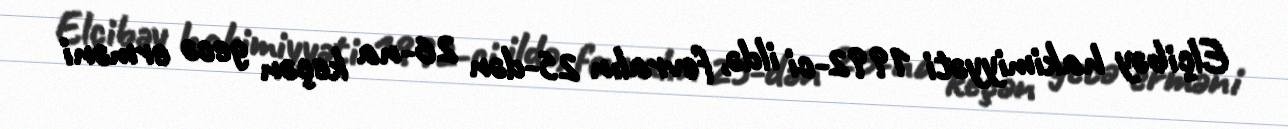
Elçibəy hakimiyyəti 1992-ci ildə, fevralın 25-dən 26-na keçən gecə erməni